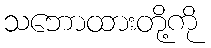
သဘောထားတို့ကို